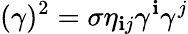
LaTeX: (\gamma)^{2}=\sigma\eta_{\mathbf{i}j}\gamma^{\mathbf{i}}\gamma^{j}